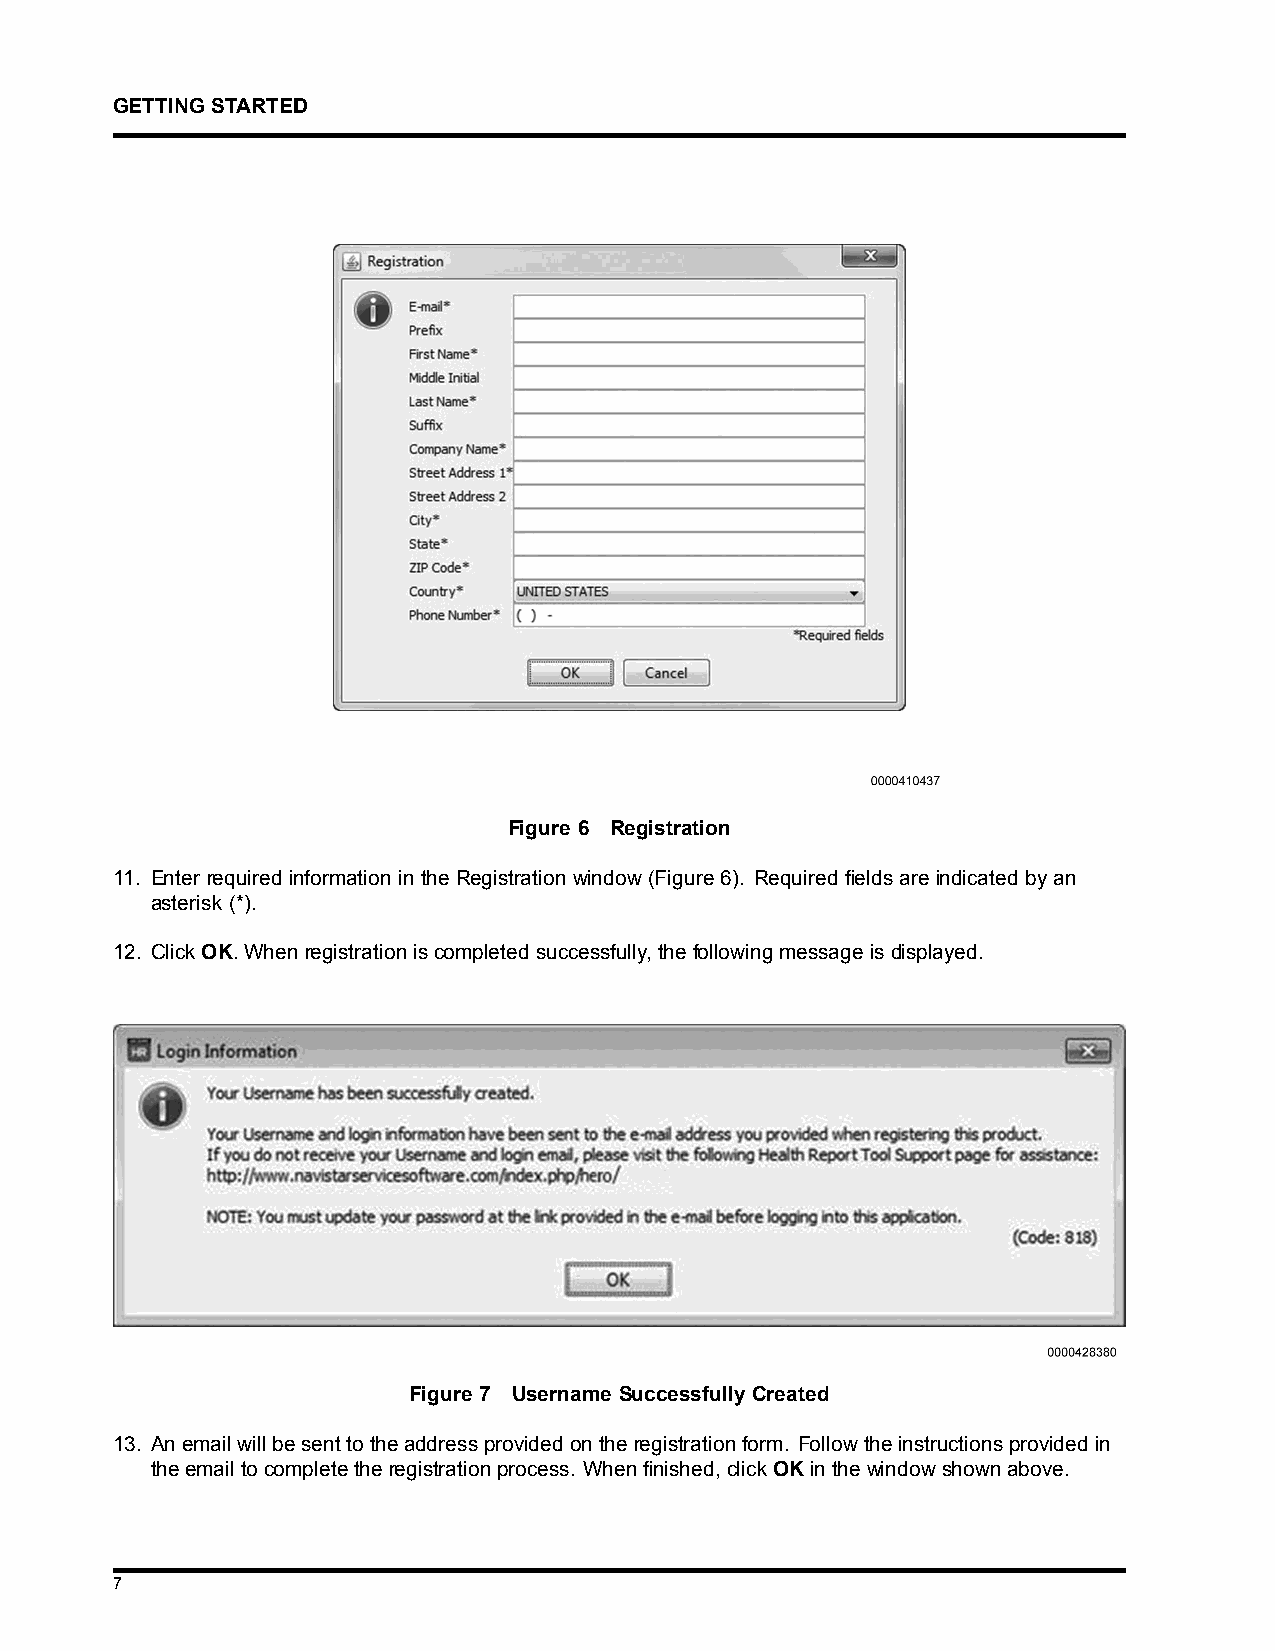
GETTINGSTARTED
 Figure 6 Registration
 11. Enter required information in the Registration window (Figure 6). Required fields are indicated by an
 asterisk (*).
 12. ClickOK.Whenregistrationiscompletedsuccessfully,thefollowingmessageisdisplayed.
 Figure 7 Username Successfully Created
 13. Anemailwillbesenttotheaddressprovidedontheregistrationform. Followtheinstructionsprovidedin
 theemailtocompletetheregistrationprocess. Whenfinished,clickOKinthewindowshownabove.
 7